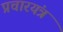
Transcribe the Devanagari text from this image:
प्रचारयंत्र